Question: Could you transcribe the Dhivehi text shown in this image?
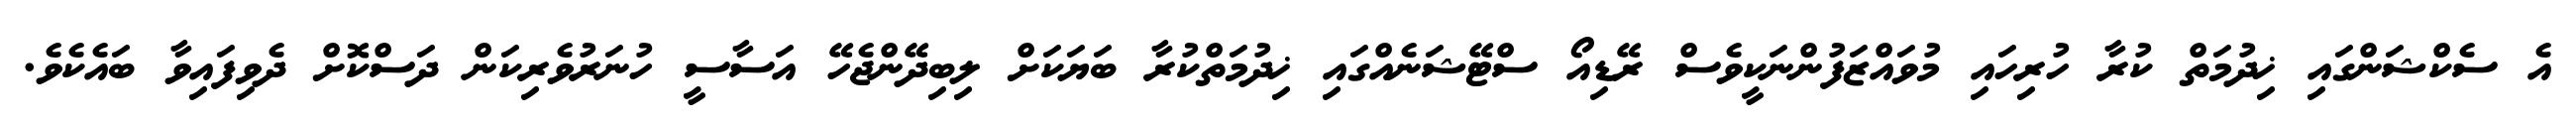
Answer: އެ ސެކްޝަންގައި ޚިދުމަތް ކުރާ ހުރިހައި މުވައްޒަފުންނަކީވެސް ރޭޑިއޯ ސްޓޭޝަނެއްގައި ޚިދުމަތްކުރާ ބަޔަކަށް ލިބިދޭންޖެހޭ އަސާސީ ހުނަރުވެރިކަން ދަސްކޮށް ދެވިފައިވާ ބައެކެވެ.